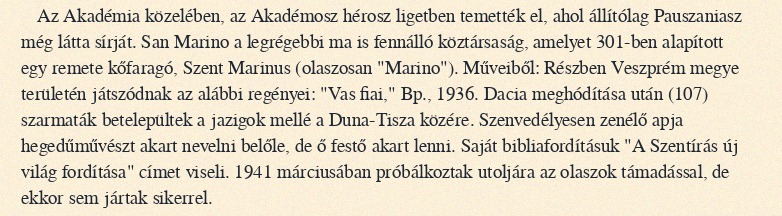
Az Akadémia közelében, az Akadémosz hérosz ligetben temették el, ahol állítólag Pauszaniasz még látta sírját. San Marino a legrégebbi ma is fennálló köztársaság, amelyet 301-ben alapított egy remete kőfaragó, Szent Marinus (olaszosan "Marino"). Műveiből: Részben Veszprém megye területén játszódnak az alábbi regényei: "Vas fiai," Bp., 1936. Dacia meghódítása után (107) szarmaták betelepültek a jazigok mellé a Duna-Tisza közére. Szenvedélyesen zenélő apja hegedűművészt akart nevelni belőle, de ő festő akart lenni. Saját bibliafordításuk "A Szentírás új világ fordítása" címet viseli. 1941 márciusában próbálkoztak utoljára az olaszok támadással, de ekkor sem jártak sikerrel.